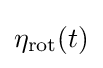
\eta _{\text{rot}}(t)